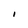
Character: I